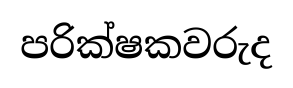
පරික්ෂකවරුද